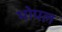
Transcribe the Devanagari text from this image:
भोपल